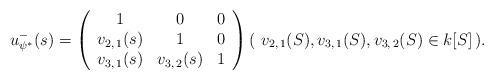
LaTeX: \begin{align*} u^-_{\psi^*}(s) = \left(\begin{array}{c c c} 1 & 0 & 0 \\ v_{2, \, 1}(s) & 1 & 0 \\ v_{3, \, 1}(s) & v_{3, \, 2}(s) & 1 \end{array}\right) (\ v_{2, \, 1}(S), v_{3, \, 1}(S) , v_{3, \, 2}(S) \in k[S] \,) . \end{align*}